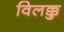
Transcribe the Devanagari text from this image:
विलक्कु